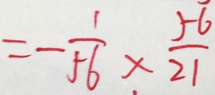
= - \frac { 1 } { 5 6 } \times \frac { 5 6 } { 2 1 }